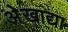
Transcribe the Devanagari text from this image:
अेखाद्या